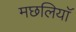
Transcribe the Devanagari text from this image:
मछलियाॅ